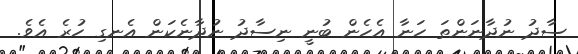
ސާދު ނުދާނަންތަ ހަނާ އެހެން ބުނީ ނިސާދު ނުދާނެކަން އެނގި ހުރެ އެވެ.